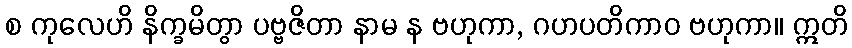
စ ကုလေဟိ နိက္ခမိတွာ ပဗ္ဗဇိတာ နာမ န ဗဟုကာ, ဂဟပတိကာဝ ဗဟုကာ။ ဣတိ